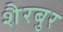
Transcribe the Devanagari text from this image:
शैरबुर